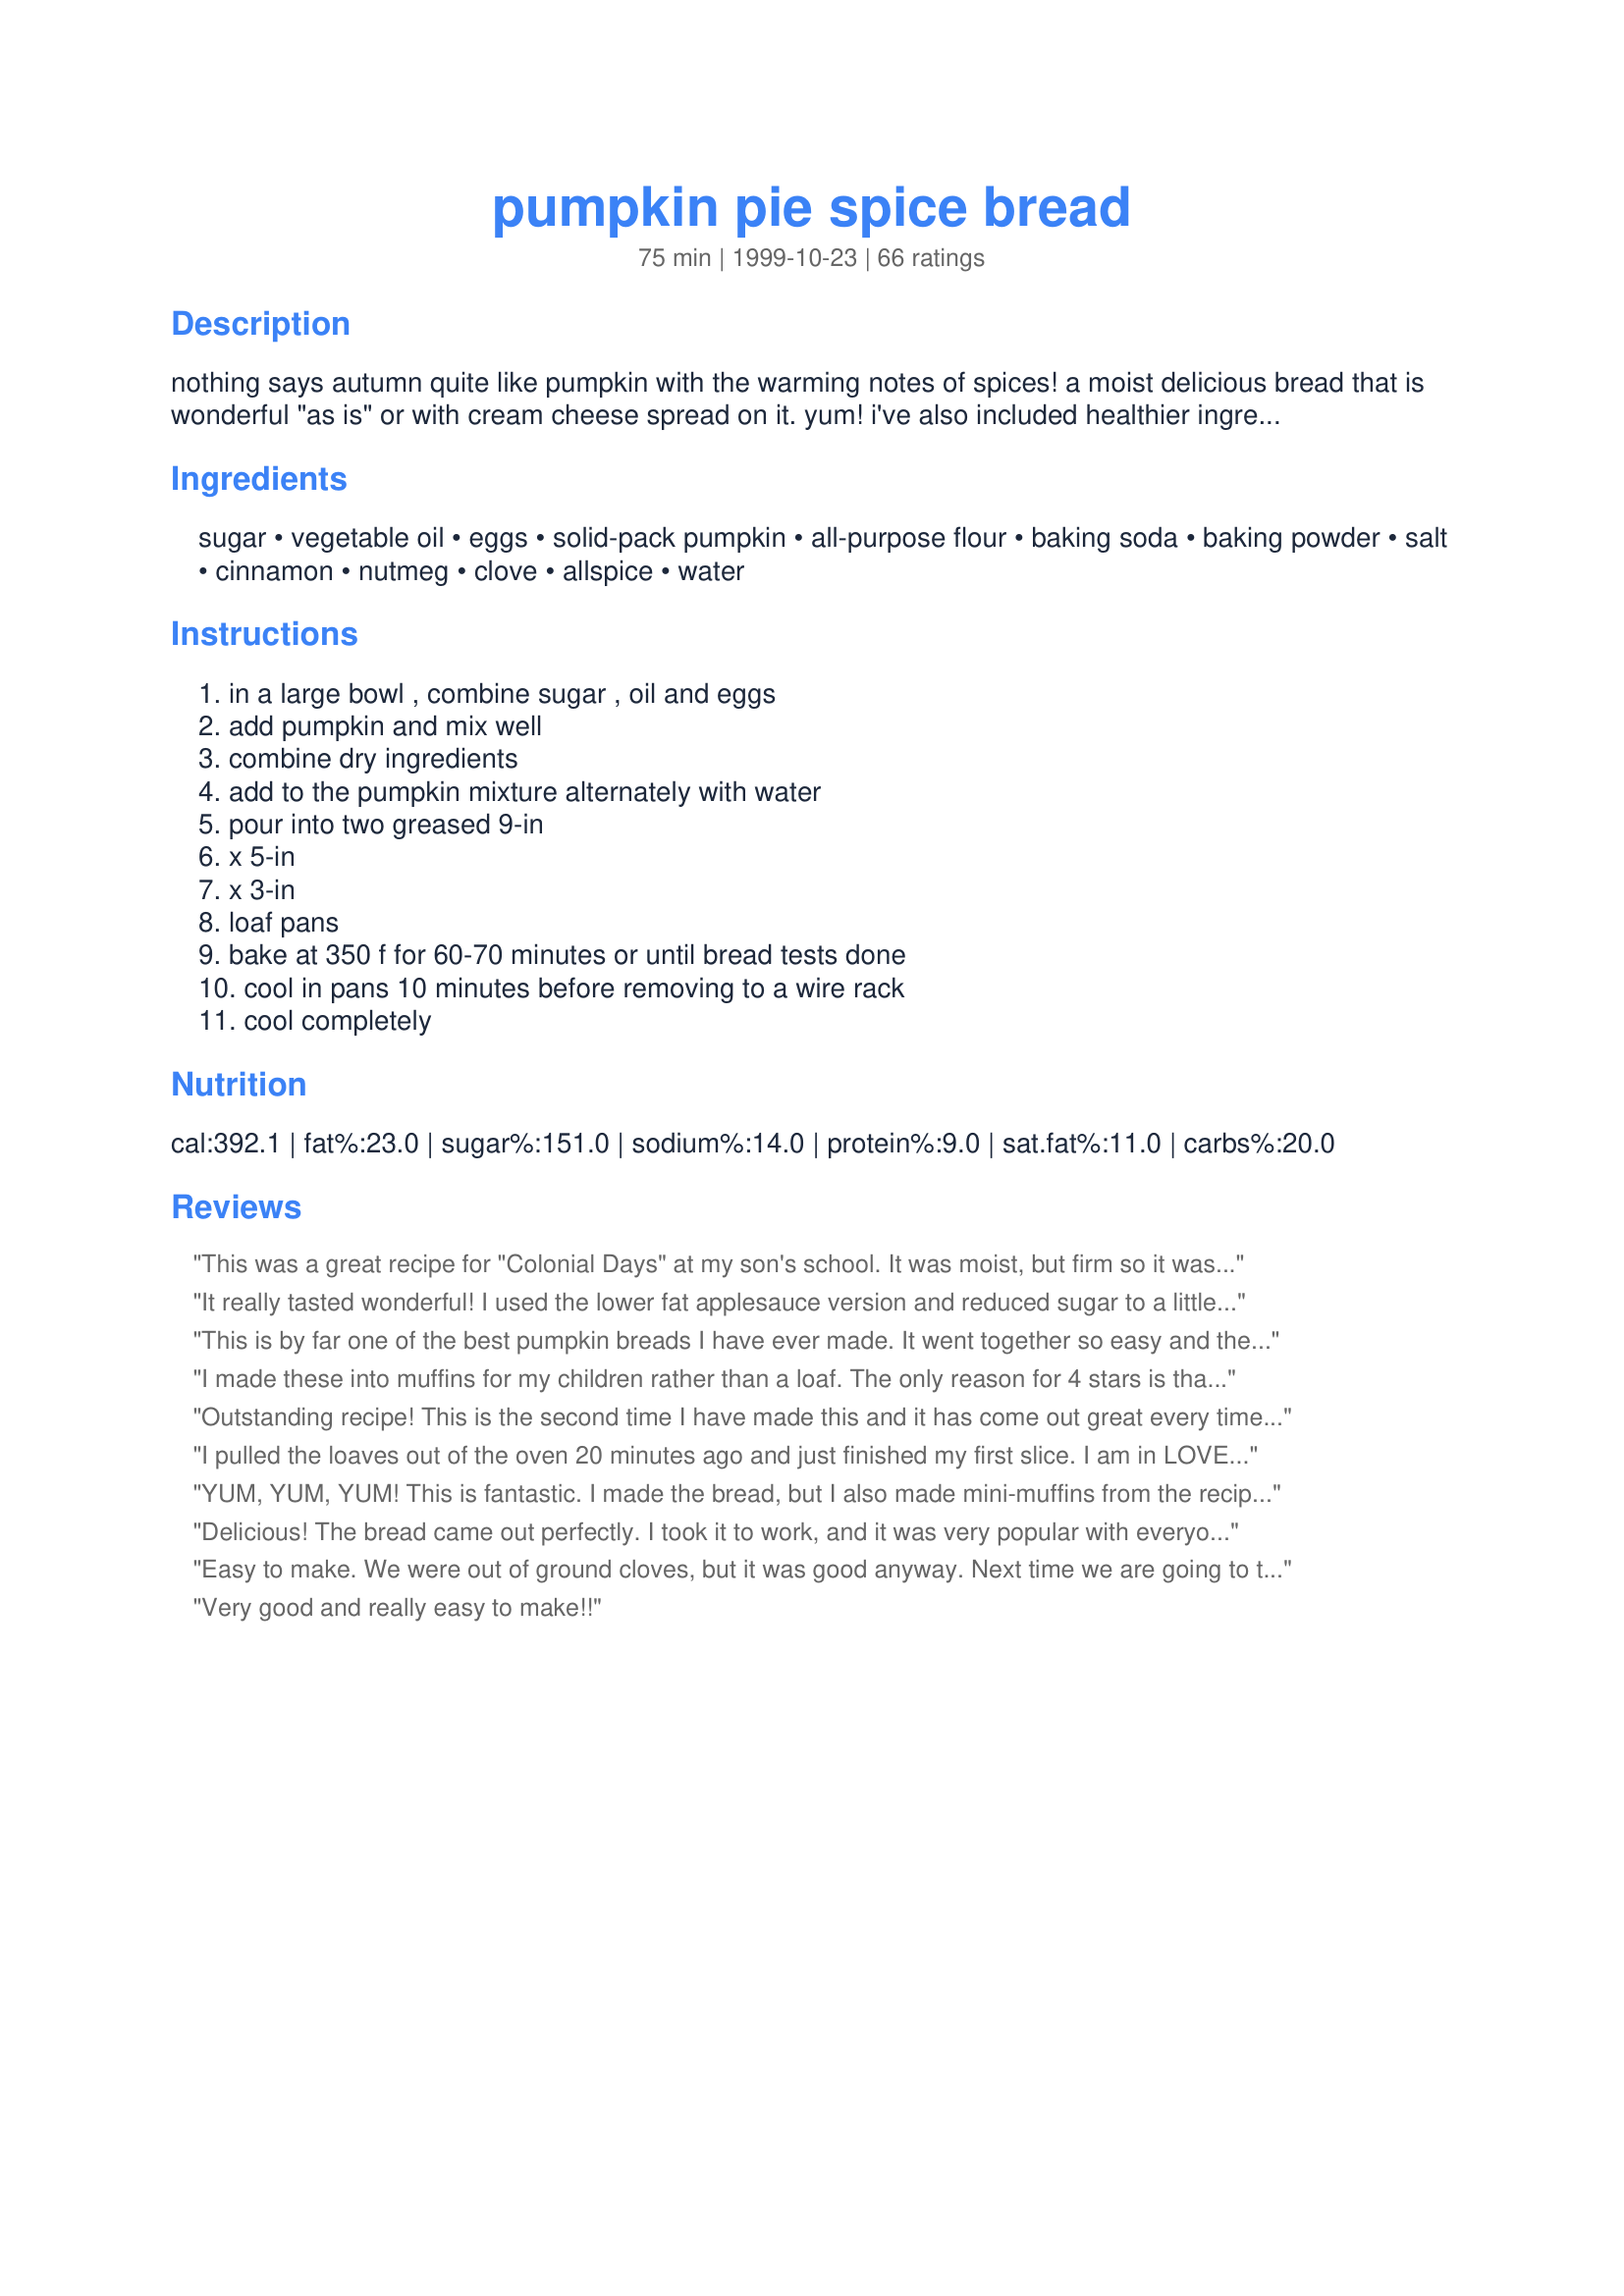
pumpkin pie spice bread
Preparation time: 75 minutes

nothing says autumn quite like pumpkin with the warming notes of spices! a moist delicious bread that is wonderful "as is" or with cream cheese spread on it. yum! i've also included healthier ingredient alternatives.

Ingredients:
sugar, vegetable oil, eggs, solid-pack pumpkin, all-purpose flour, baking soda, baking powder, salt, cinnamon, nutmeg, clove, allspice, water

Steps:
in a large bowl , combine sugar , oil and eggs, add pumpkin and mix well, combine dry ingredients, add to the pumpkin mixture alternately with water, pour into two greased 9-in, x 5-in, x 3-in, loaf pans, bake at 350 f for 60-70 minutes or until bread tests done, cool in pans 10 minutes before removing to a wire rack, cool completely

Reviews:
This was a great recipe for "Colonial Days" at my son's school. It was moist, but firm so it was easy to cut into bite sized cubes without getting mushy. Delicious!
It really tasted wonderful! I used the lower fat applesauce version and reduced sugar to a little less than a cup. I added about Â½ cup of raisins and pecans. I substituted 3 Tbsp. of wheat bran (for a bit of a fiber boost) for 3 Tbsp. of flour. I used my own canned pumpkin and weighed it out on a kitchen scale. Added 1 tsp. of vanilla since I canned my pumpkin without any spices. I made a half recipe so I put all the liquid ingredients in the food processor with the pumpkin chunks. It worked out beautifully. Give this recipe a try. It is simple and will make everyone hungry just smelling it cook. Jim in So. Calif.
This is by far one of the best pumpkin breads I have ever made. It went together so easy and the house was smelling wonderful within minutes. I made it exactly as written and it turned out beautifully. Thanks for a wonderful recipe!
I made these into muffins for my children rather than a loaf. The only reason for 4 stars is that 1 cup of sugar is enough! I used butternut squash and mashed it myself. Flavours are wonderful. It made 20 large muffins. I made half plain and half with choc chips. The plain were great with butter, choc chip ones were great on their own. Thanks for the recipe - a keeper!!!
Elizabeth
Outstanding recipe! This is the second time I have made this and it has come out great every time. My husband and kids love it, it's great in the morning with a cup of hot tea. I followed the recipe but did use additional spices to pump up the flavor a bit. One thing I really like about this recipe is that all the ingredients (except the pumpkin, possibly) are all staples most people have in their pantry.
I pulled the loaves out of the oven 20 minutes ago and just finished my first slice. I am in LOVE with this recipe! I am adding this to my personal recipe collection immediately! I made this just as written with no substituions and it turned out amazing! Thank you, thank you, thank you!!!!!
YUM, YUM, YUM! This is fantastic. I made the bread, but I also made mini-muffins from the recipe (cooked in about 12 minutes).
Delicious! The bread came out perfectly. I took it to work, and it was very popular with everyone. I didn't have any leftovers!

I'm making it for Turkey-Day this week, and I think I'll add walnuts to one of the loaves. Mmmm.
Easy to make. We were out of ground cloves, but it was good anyway. Next time we are going to try applesauce instead of oil.
Very good and really easy to make!!
I made this for my son's preschool class and it was a big hit. I used the applesauce substitute, but I can't wait to use the "sinful" recipe with all the sugar and oil!
Delicious. Wonderfully moist, with a great flavor. I've made this a few times now, and it is always a hit. Thanks!!
A Definite Keeper. I split one loaf and shared it with neighbors. It was a hit, and one they won't mind getting more of. Very easy to make, moist with great flavor.
sooooo yummy! i actually added rasins and frosted it with powdered sugar frosting! i know it naughty but so good!
This is almost an exact version of Recipe #195348 (which doesn't have cloves, but I added the same amount that is here), which, to me, is also 5 stars. I made this recipe, without the healthy substitutes, and I added 1 tsp. vanilla to the wet ingredients. This bread makes the house smell so good, and turns out really well. Mine was done in 55 min. I am looking forward to trying the applesauce version, though. Thanks so much for posting that alternative!!
I made the low fat version with applesauce and less sugar - and the bread came out fantastic. I made a full size loaf and a dozen muffins (the muffins I baked for about 22 minutes) They turned out extremely moist and very tasty.
I loved this bread. The only thing that I did different was to use 2-1/2 tsp. pumpkin pie spice but also added the cloves. I made one loaf and 12 muffins. My family just loved them that's why I'm baking another batch as I write this :) Definately a keeper, thank for sharing!
A friend gave me this recipe, and I'm not a pumpkin bread lover. This recipe is so moist and delicious I was pleasantly surprised. Thank you!
This is awesome. I like it even better than Starbucks. Theirs is a heavier more dense bread and this one is light and fluffy. I cooked mine for about 80 minutes and i think it turned out perfect. Thank you for this awesome recipe. I will be making this for many years to come. It was so simple and easy to bake. A definate winner in my book!!!
So yummy! I've made this recipe several times and this is what I do: I use 1 1/2 c sugar, add a bit of vanilla to the pumpkin mixture, and in addition to the spices listed in the recipe, I add 1 (heaping) teaspoon of Pumpkin Pie Spice. This gives it a bit more flavor and a little ginger, too. And, I find that 60 min is too long--50 minutes and then letting it sit in the pans for another half hour seems to work with my crazy oven.<br/><br/>I also add a pkg of milk choc chips and it's so delicious!
A wonderful and easy recipe to follow. My friends thought it was delicious and asked for the recipe!
This exact recipe has been in our family for over 40 years, and we just love it! Our kiddos are disgustingly healthy (thank God!), so I don't worry about the cup of oil...we don't make it every week, and olive oil works perfectly well. <br/>I do make these changes: I use half regular flour and half white whole wheat flour. It adds a mice nutty texture, and some health benefits. I also tend to bake it in a 9x13 pan, since I have bad luck getting it fully bakes in loaf pans. <br/>Our recipe calls for 2/3 cup water. I'll try cutting it to see if loaf pan baking works better- so thanks for that! :)<br/>This bread is quick and easy to make, and sooo delicious! It's really tasty as a side dish with any poultry dish, and the kids love it for breakfast. Yum!
Just made this. It is pretty good, but even 60 minutes was a bit too long. I think it needs more cinnamon, the cloves seemed fairly strong in contrast with the other spices. I will make it again with changes. Oh, I did make it with the applesauce instead of the oil and it was very moist.
Very good recipe! I followed it to the line and liked it a lot. However, next time I'll try using more spices and maybe reduce the sugar a bit, as I found it maybe too sweet. But I suggest following the recipe as it is and make adjustments later according to your personal taste.
Wonderful!
I love to add a little vanilla, leave out the water b/c I use fresh pumpkin, add nuts and sometimes even some chocolate chips. Thank you!
My husband does not like pumpkin pie, banana bread, zuccini bread, or carrot cake, yet he gave this recipe his stamp of approval! I am so relieved to find a festive bread that he actually enjoys. Thank you, Marg!
As others noted, I added 1 cup golden raisons (per loaf) with great results.
Really good texture and flavor. I made this at work and based on the reviews I made a 4x batch.
I ended up adding some pecans and raisins to a few of the loaves, Great recipe.
This is an outstanding recipe. My boyfriend who is not a huge quickbread..or pumpkin fan..raved about it. He even asked me to make another batch so he could have some in his lunch everyday. Quite an endorsement from one so picky!
My family and I are eating this delicious bread as I type! Seriously, look no further if you are looking for "the" pumpkin bread recipe. The crust on the bread is nice and crispy, but not tough or thick. The inside is moist and flavorful. I did add a teaspoon of vanilla to the wet ingredients, and some ginger to the dry ingredients. Thank you so much for sharing this recipe, Marg... it's our new family favorite!
Well, this is my Holy Grail of pumpkin bread recipes: easy, delicious, wonderful texture and moist.
The first time I make a recipe I always make it as it is posted and I am so glad I did that this time because it is perfect! Great recipe--the only thing I would maybe do differently is add a little more spices (like slightly heaping) as a matter of personal taste and some vanilla but really the recipe is great as is! It is absolutely a great fall recipe and today was overcast and just felt like a baking kind of day...my house smells wonderful from this bread!
I used this recipe to make little pumpkin "muffins". You'll need about 3 muffin pans if you plan to do it that way, and they get a bit more of a "crust" if you don't put them in the little cupcake liners, which IMO adds a bit of extra depth to the overall taste/texture of the muffins.<br/><br/>While we like the recipe "as-is", I'd definitely make some changes. I think I'd add a tad more spice, as it seems rather bland, although, some of this is cured after it fully cools and has time to sit--no eating them warm from the oven!<br/><br/>Also, I don't know if anyone else noticed, but mine are a bit sticky to the touch even after being baked...I'm debating on adding a touch more flour next time to help reduce that so that they store a bit better. I also definitely plan to make the the healthier way next time, because I'd bet that really adds to the texture of the bread.<br/><br/>Thanks for the recipe Marg!!! My little one is driving me crazy about pumpkin "cookies". ;-)
This was excellent. First time I have ever made pumpkin bread and everyone loved it. It was nice and moist with a lot of great flavor. I added black walnuts since my boyfriend loves them and I had a bag of them laying around. I am going to make more this weekend. Thank you for this great recipe. Its a keeper, for sure.
I completely forgot to add the 4 eggs and this bread still turned out wonderfully! I made 1 loaf with diced pecans and 1 loaf without and both are delicious. Thanks for sharing!
Very good! It was soft and sweet. I used the applesauce and oil. stayed moist for a long time. I did how ever use pumpkin pie spice + the cinnamon insted of the others because it was what I had on hand. I will be useing this recipe in the future.
I substituted non-fat plain yogurt for the oil and it came out perfect-very moist. I also doubled the cinnamon but left the other spices as written and it was perfect for our tastes. So good when still warm from the oven!
Very Good! I followed the suggested recipe (subbing applesauce for most of the oil, reducing the sugar - although i used one cup reg sugar and one cup brown, becuase thats all i had). I also added a good cup of reconstituted raisins. The bread came out much darker than the picture shown ( ill figure out how to post the pic i took of my loaf later), But it was still delicious. waiting for the final verdict from my Best friend who is a pumpkin bread fanatic.
I made this bread with the applesauce option and 1 cup brown sugar, 1 cup white sugar. I honestly felt a bit letdown, it just wasn't very "pumkin-ey". I made a cream cheese glaze which helped the bread a bit, but my vacuum cleaner hubby was the only one who really ate it.
A nice loaf. I made my own pumpkin, so omitted the water (like another reviewer) and cut the sugar to 2 cups. Next time I may add a tablespoon or so of molasses. Looking forward to trying with applesauce!
One word -- yummmy! 
I made this on a whim because I had extra pumpkin. My husband took a loaf for his office Thanksgiving luncheon. I got so many requests for this recipe that I decided to take 4 loaves to our family for Thanksgiving and am making 2 more loaves right now for our lunch guests coming tomorrow.
I have been meaning to do this review for almost a year. This is the BEST pumpkin bread recipe I've found. I have passed it on to all of my friends. Folks, before you start making changes to this recipe, try it as Marg posted it. It's great exactly as it's written. I love the cloves in the recipe. Adds just the right touch.
Made a bunch of changes, nothing too drastic. Put 1 scant cup brown sugar and 1 scant cup white sugar, used the 'alternatives', doubled the spices and added 1/2 cup oats instead of the last cup of flour, all of which was whole wheat. Oh, and I sprinkled in some ground flax.
But the kicker was when I forgot to add the eggs and baked them into muffins, and they still turned out delicious! A little dense, but I certainly surprised myself!
SO yummy! I also made 12 muffins and 1 loaf of bread. I had planned on freezing the loaf but the family went through 8 muffins at dinner so I think I better keep the loaf out for breakfasts and snacks tomorrow! :)
Stellar! I used fresh pumpking and homemade applesauce, which were a little more watery and so I omitted with 1/2 cup water entirely. In one loaf I mixed in raisins and dried cranberries, which turned out great.
Yummy yummy yummy!! Everyone loved. Thanks
Very Good!! I used pumpkin pie filling as that is what I had on hand and it worked well!
A great bread for the holidays. It is moist, flavorful and makes two large loaves. One to give away and one to have with coffee for us! I used two cups of sugar and loved the spice combination. Thanks for making our holiday season extra yummy! Carole in Orlando
I've made many recipes of pumpkin bread but this recipe got rave reviews from everyone. Great job and thanks for sharing.
(I did however add raisins and walnuts)
i loved the recipe. the only issue i had was there were to many cloves in it so i took out half the cloves and added ginger now the bread tastes just like pumpkin pie. i have neighbors begging me for it whenever i make it and i have to fight my kids and husband for a single slice thanks
I rated this recipe a 4 because when I made this bread it did not rise as it should have- or even at all. It remained very dense. I'd advise that you make sure your baking powder is not old (like mine most likely was) before baking this bread. In addition, even with extra spice added, the bread was not as spice intense as I'd hoped. After a day of trying to let flavors meld deeper it was still not as flavorful as I like it. However, it was still good! Thanks for posting.
This is excellent bread. I reduced the sugar to 2 cups, 3/4 c applesauce, and 1/4 c oil. Delicious, and will be made again. Thank you.
I liked it. The recipe was fine as is. It was light and nice. I did take some liberties and tweak it the next time I made it. I did half coconut oil and half applesauce, half the sugar, added vanilla, extra spices, doubled the pumpkin and skipped the water. LOVED it that way! It had the flavor of pumpkin pie but it was still light and fluffy.
I did exactly what the recipe called for and it turned out AMAZING! It's great for a sweet tooth or for breakfast. It's so moist and delicious. Best pumpkin spice bread EVER!
I've been meaning to do this review for months now.Yes,I love pumpkin bread and this was very tasty,nice and spicy!!
This is so good! It is so moist. I substituted 3 teaspoons pumpkin pie spice for the spices listed in the recipe. I baked this in mini loaf pans for Christmas gifts at church. I put 3/4 cup batter in each pan and it made 8 mini loaves. I baked it at 325 for 45-50 minutes. I will try next time substituting applesauce for some of the oil. Thank you for sharing this recipe. It is wonderful!
I also used my own pumpkin, cooked and blenderized, and it worked out great. Instead of cloves I used cardamom, and I used part whole wheat flour. Overall nice warm taste and good texture. I do not have 2 loaf pans, so I put half the batter in a square cake pan. It worked well, and I could see making it again this way in order to top with a cream cheese icing.
This recipe produced fabulous results! The bread was moist and tender, with a wonderful flavor. I made one loaf and 12 muffins and took them into the office. I received many compliments and was asked to share the recipe, along with a comment that the individual hoped "I can make them as moist as you did!" This is a keeper!
I made the healthy version and it was super moist and scrumptious!! I did double the the spices per the reviews of others and it was PERFECT... absolute perfection. I would give it 10 stars if i could. only other change i did was to add chocolate chips for my husband :-)
Very tasty, very moist bread! I used one cup sugar and one cup 100% maple syrup (omitted third cup of sugar), which gave a very nice, subtle maple sweetness. I also used only 3/4 cups oil and omitted the 1/2 cup water (to make up for the extra liquid of the maple syrup). Next time I would like to use applesauce and may also add some dark chocolate chips - yum!
Wonderful recipe! I made this in three small loaf pans and I'm taking one to my sister tomorrow when we go to her house for Thanksgiving dinner. It will make a great breakfast treat with a good cup of coffee. I used a cream cheese glaze on mine and it complements the bread beautifully. Love this, thanks for sharing the recipe.
Wow, great bread. I did substitute all spices with 3 teaspoons cinnimon and touch of nutmeg. Thanks for sharing.
My home smelled delicious when I was preparing this! I donated 4 loaves to our school bake sale - and they went fast! Very moist and rose nicely.
Outstanding! I used fresh pumpkin, just 3 eggs (ran out, but 3 worked fine) and 1/2 cup oil. I also added some ginger to the recipe and a cored, skined apple that I used the blender to dice in to small pieces. The bread was extremely moist and tasted great. Next time I think I'll add some chocolate chips to one of the loafs. Thanks for sharing a great recipe.
The best pumpkin bread recipe I have tried! Easy - had everything on hand - and delicious!
This bread is wonderful! I substituted fresh pumpkin for the canned and didn't add water. I also used the healthy version of the recipe. It is very good and I highly recommend it. I've passed it on to other people. Thank you for posting it.
This was great - I reduced the cloves as I'm not too fond of them, added 1/4 tsp ground star anise, and a package of Nestle chocolate chips. Also used 1/3 bread flour, 1/3 whole wheat flour, and 1/3 all purpose flour. (I wouldn't recommend this unless adding the chocolate chips.)
